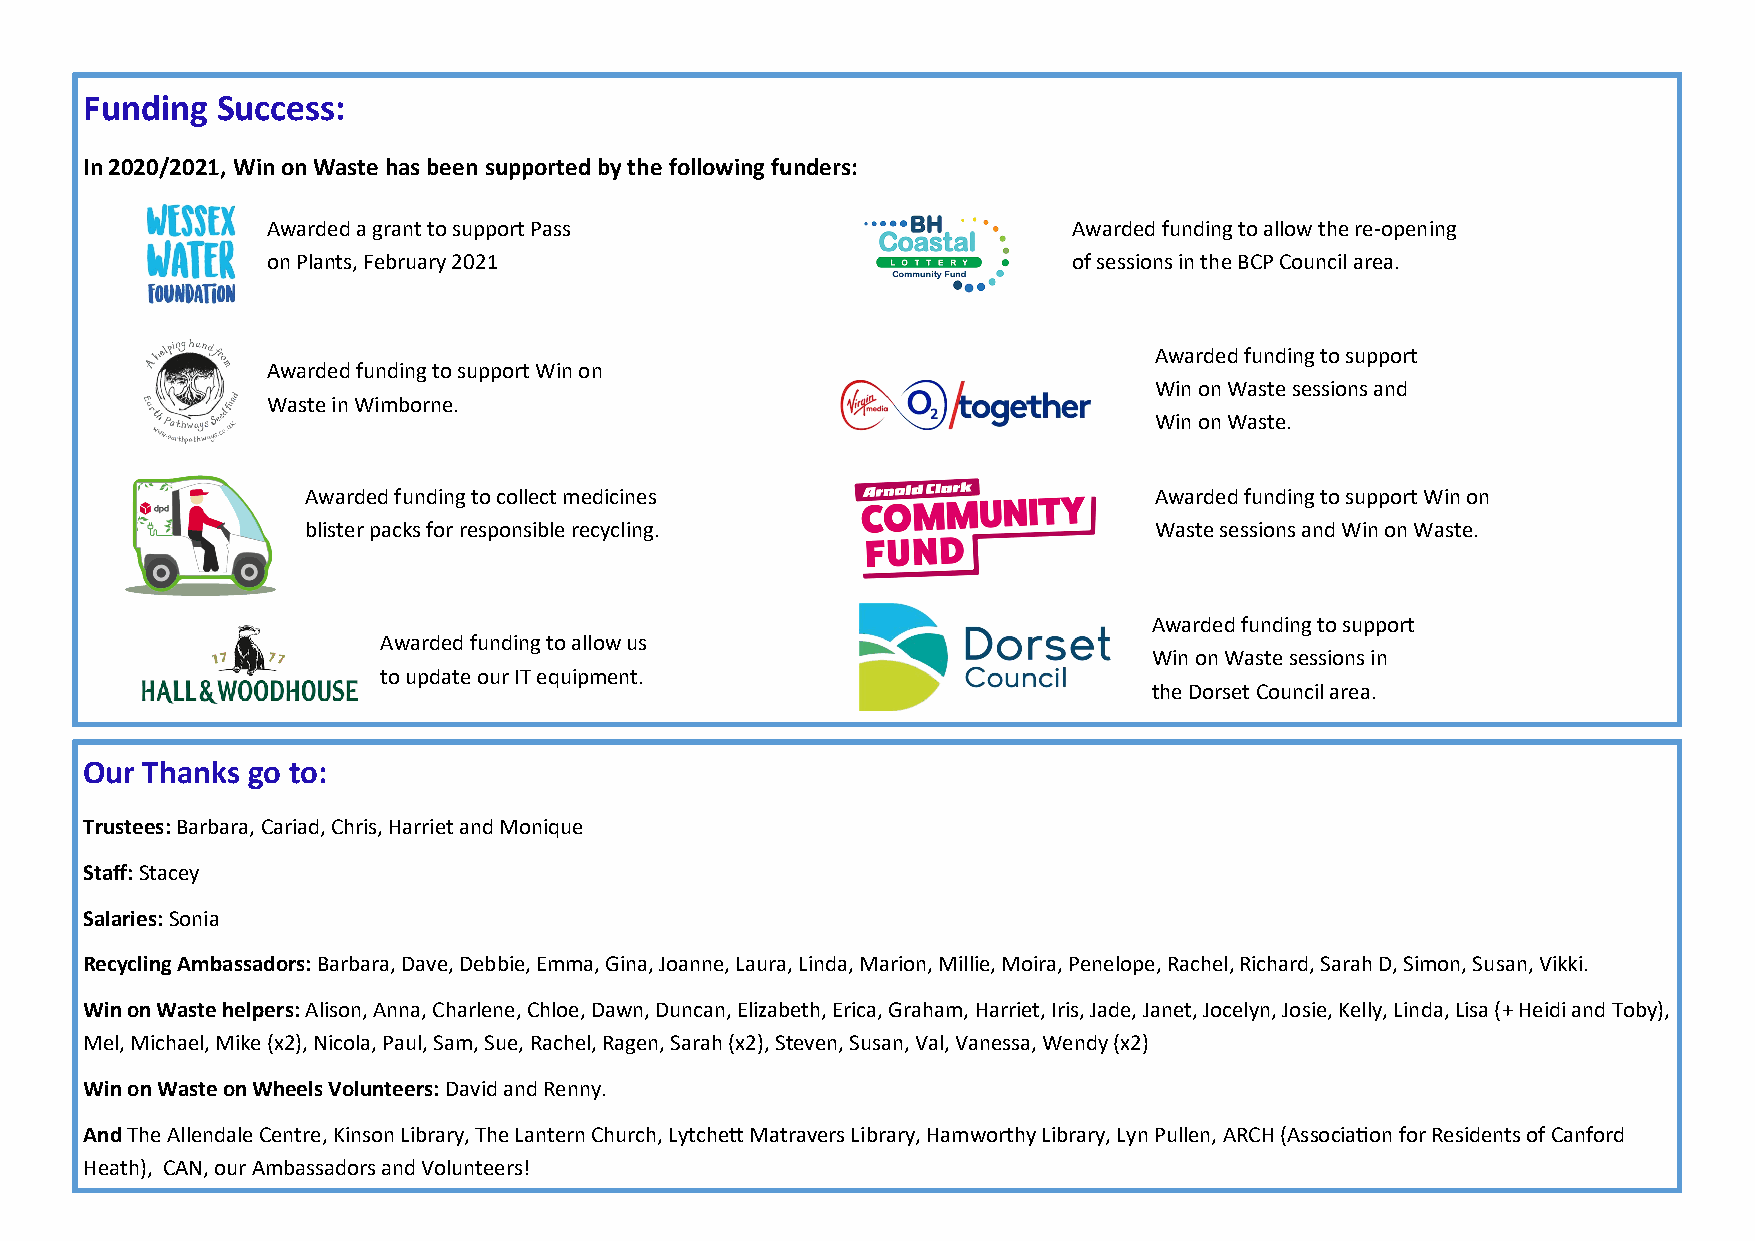
Funding Success:
 In 2020/2021, Win on Waste has been supported by the following funders:
 Awarded a grant to support Pass                      Awarded funding to allow the re-opening
 on Plants, February 2021                             of sessions in the BCP Council area.
 Awarded funding to support
 Awarded funding to support Win on
 Win on Waste sessions and
 Waste in Wimborne.
 Win on Waste.
 Awarded funding to collect medicines                    Awarded funding to support Win on
 blister packs for responsible recycling.                Waste sessions and Win on Waste.
 Awarded funding to support
 Awarded funding to allow us
 Win on Waste sessions in
 to update our IT equipment.
 the Dorset Council area.
 Our Thanks go to:
 Trustees: Barbara, Cariad, Chris, Harriet and Monique
 Staff: Stacey
 Salaries: Sonia
 Recycling Ambassadors: Barbara, Dave, Debbie, Emma, Gina, Joanne, Laura, Linda, Marion, Millie, Moira, Penelope, Rachel, Richard, Sarah D, Simon, Susan, Vikki.
 Win on Waste helpers: Alison, Anna, Charlene, Chloe, Dawn, Duncan, Elizabeth, Erica, Graham, Harriet, Iris, Jade, Janet, Jocelyn, Josie, Kelly, Linda, Lisa (+ Heidi and Toby),
 Mel, Michael, Mike (x2), Nicola, Paul, Sam, Sue, Rachel, Ragen, Sarah (x2), Steven, Susan, Val, Vanessa, Wendy (x2)
 Win on Waste on Wheels Volunteers: David and Renny.
 And The Allendale Centre, Kinson Library, The Lantern Church, Lytchett Matravers Library, Hamworthy Library, Lyn Pullen, ARCH (Association for Residents of Canford
 Heath), CAN, our Ambassadors and Volunteers!